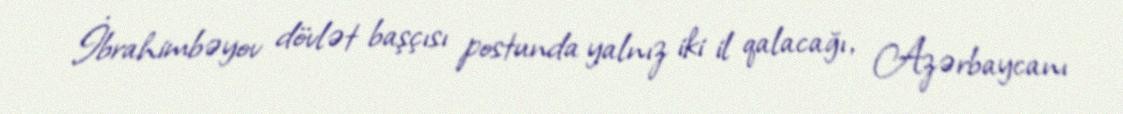
İbrahimbəyov dövlət başçısı postunda yalnız iki il qalacağı, Azərbaycanı